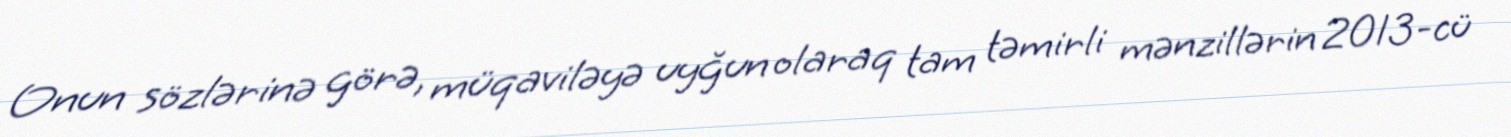
Onun sözlərinə görə, müqaviləyə uyğun olaraq tam təmirli mənzillərin 2013-cü